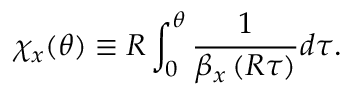
\chi _ { x } ( \theta ) \equiv R \int _ { 0 } ^ { \theta } { \frac { 1 } { \beta _ { x } \left( R \tau \right) } d \tau } .